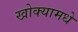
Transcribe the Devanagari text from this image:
खोक्यामधे